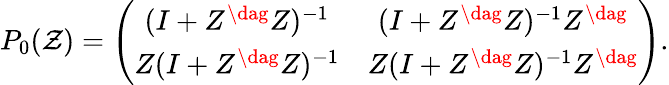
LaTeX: P_{0}(\mathcal{Z})=\left(\begin{array}{cc}{{(I+Z^{\dag}Z)^{-1}}}&{{(I+Z^{\dag}Z)^{-1}Z^{\dag}}}\\ {{Z(I+Z^{\dag}Z)^{-1}}}&{{Z(I+Z^{\dag}Z)^{-1}Z^{\dag}}}\end{array}\right).